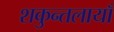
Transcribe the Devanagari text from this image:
शकुन्तलायाँ